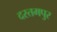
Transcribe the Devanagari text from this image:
दस्तमपुर